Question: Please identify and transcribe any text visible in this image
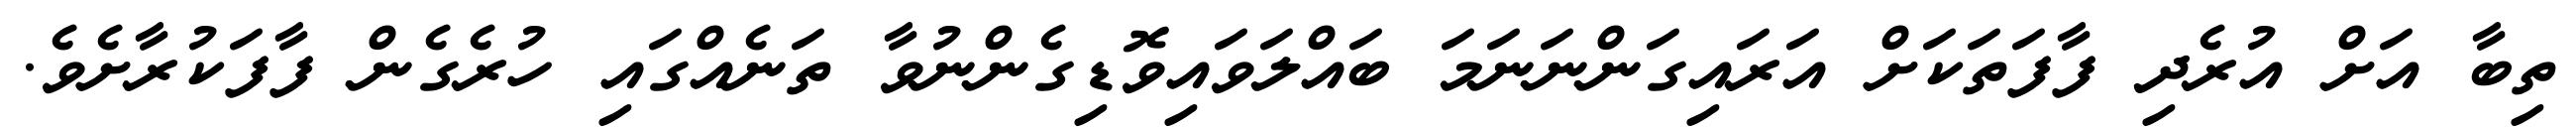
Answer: ތިބާ އަށް އުރެދި ފާފަތަކަށް އަރައިގަންނަނަމަ ބައްލަވައިވޮޑިގެންނުވާ ތަނެއްގައި ހުރެގެން ފާފަކުރާށެވެ.